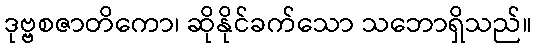
ဒုဗ္ဗစဇာတိကော၊ ဆိုနိုင်ခက်သော သဘောရှိသည်။